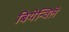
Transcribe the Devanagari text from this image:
बियेन्विले